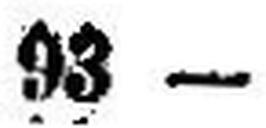
93 —